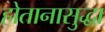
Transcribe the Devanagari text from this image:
होतानासुद्धा